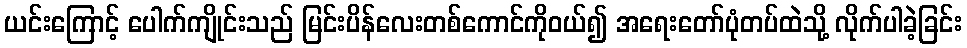
ယင်းကြောင့် ပေါက်ကျိုင်းသည် မြင်းပိန်လေးတစ်ကောင်ကိုဝယ်၍ အရေးတော်ပုံတပ်ထဲသို့ လိုက်ပါခဲ့ခြင်း